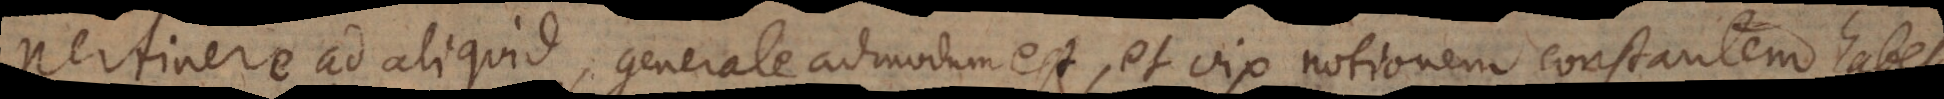
Pertinere ad aliquid, generale admodum est, et vix notionem constantem habet,